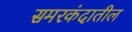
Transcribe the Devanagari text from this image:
समरकंदातील